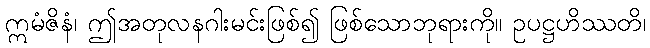
ဣမံဇိနံ၊ ဤအတုလနဂါးမင်းဖြစ်၍ ဖြစ်သောဘုရားကို။ ဥပဋ္ဌဟိဿတိ၊